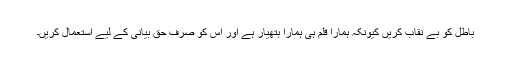
باطل کو بے نقاب کریں کیونکہ ہمارا قلم ہی ہمارا ہتھیار ہے اور اس کو صرف حق بیانی کے لیے استعمال کریں۔